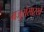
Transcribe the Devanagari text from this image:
मजुरांसारखे